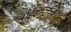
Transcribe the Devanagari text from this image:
बाईसेन्टिनल